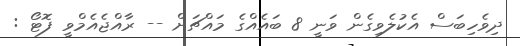
ދިވެހިބަސް އެކުލެވިގެން ވަނީ 8 ބައެއްގެ މައްޗަށް -- ރާއްޖެއެމްވީ ފޮޓޯ :